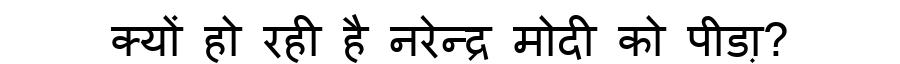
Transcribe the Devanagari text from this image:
क्यों हो रही है नरेन्द्र मोदी को पीडा़?